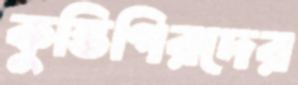
কুস্তিগিরদের